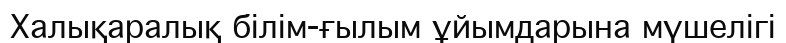
Халықаралық білім-ғылым ұйымдарына мүшелігі